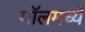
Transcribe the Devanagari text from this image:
मॉलमध्ये